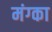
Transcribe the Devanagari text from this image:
मंग्का